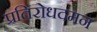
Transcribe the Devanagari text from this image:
प्रतिरोधदमन